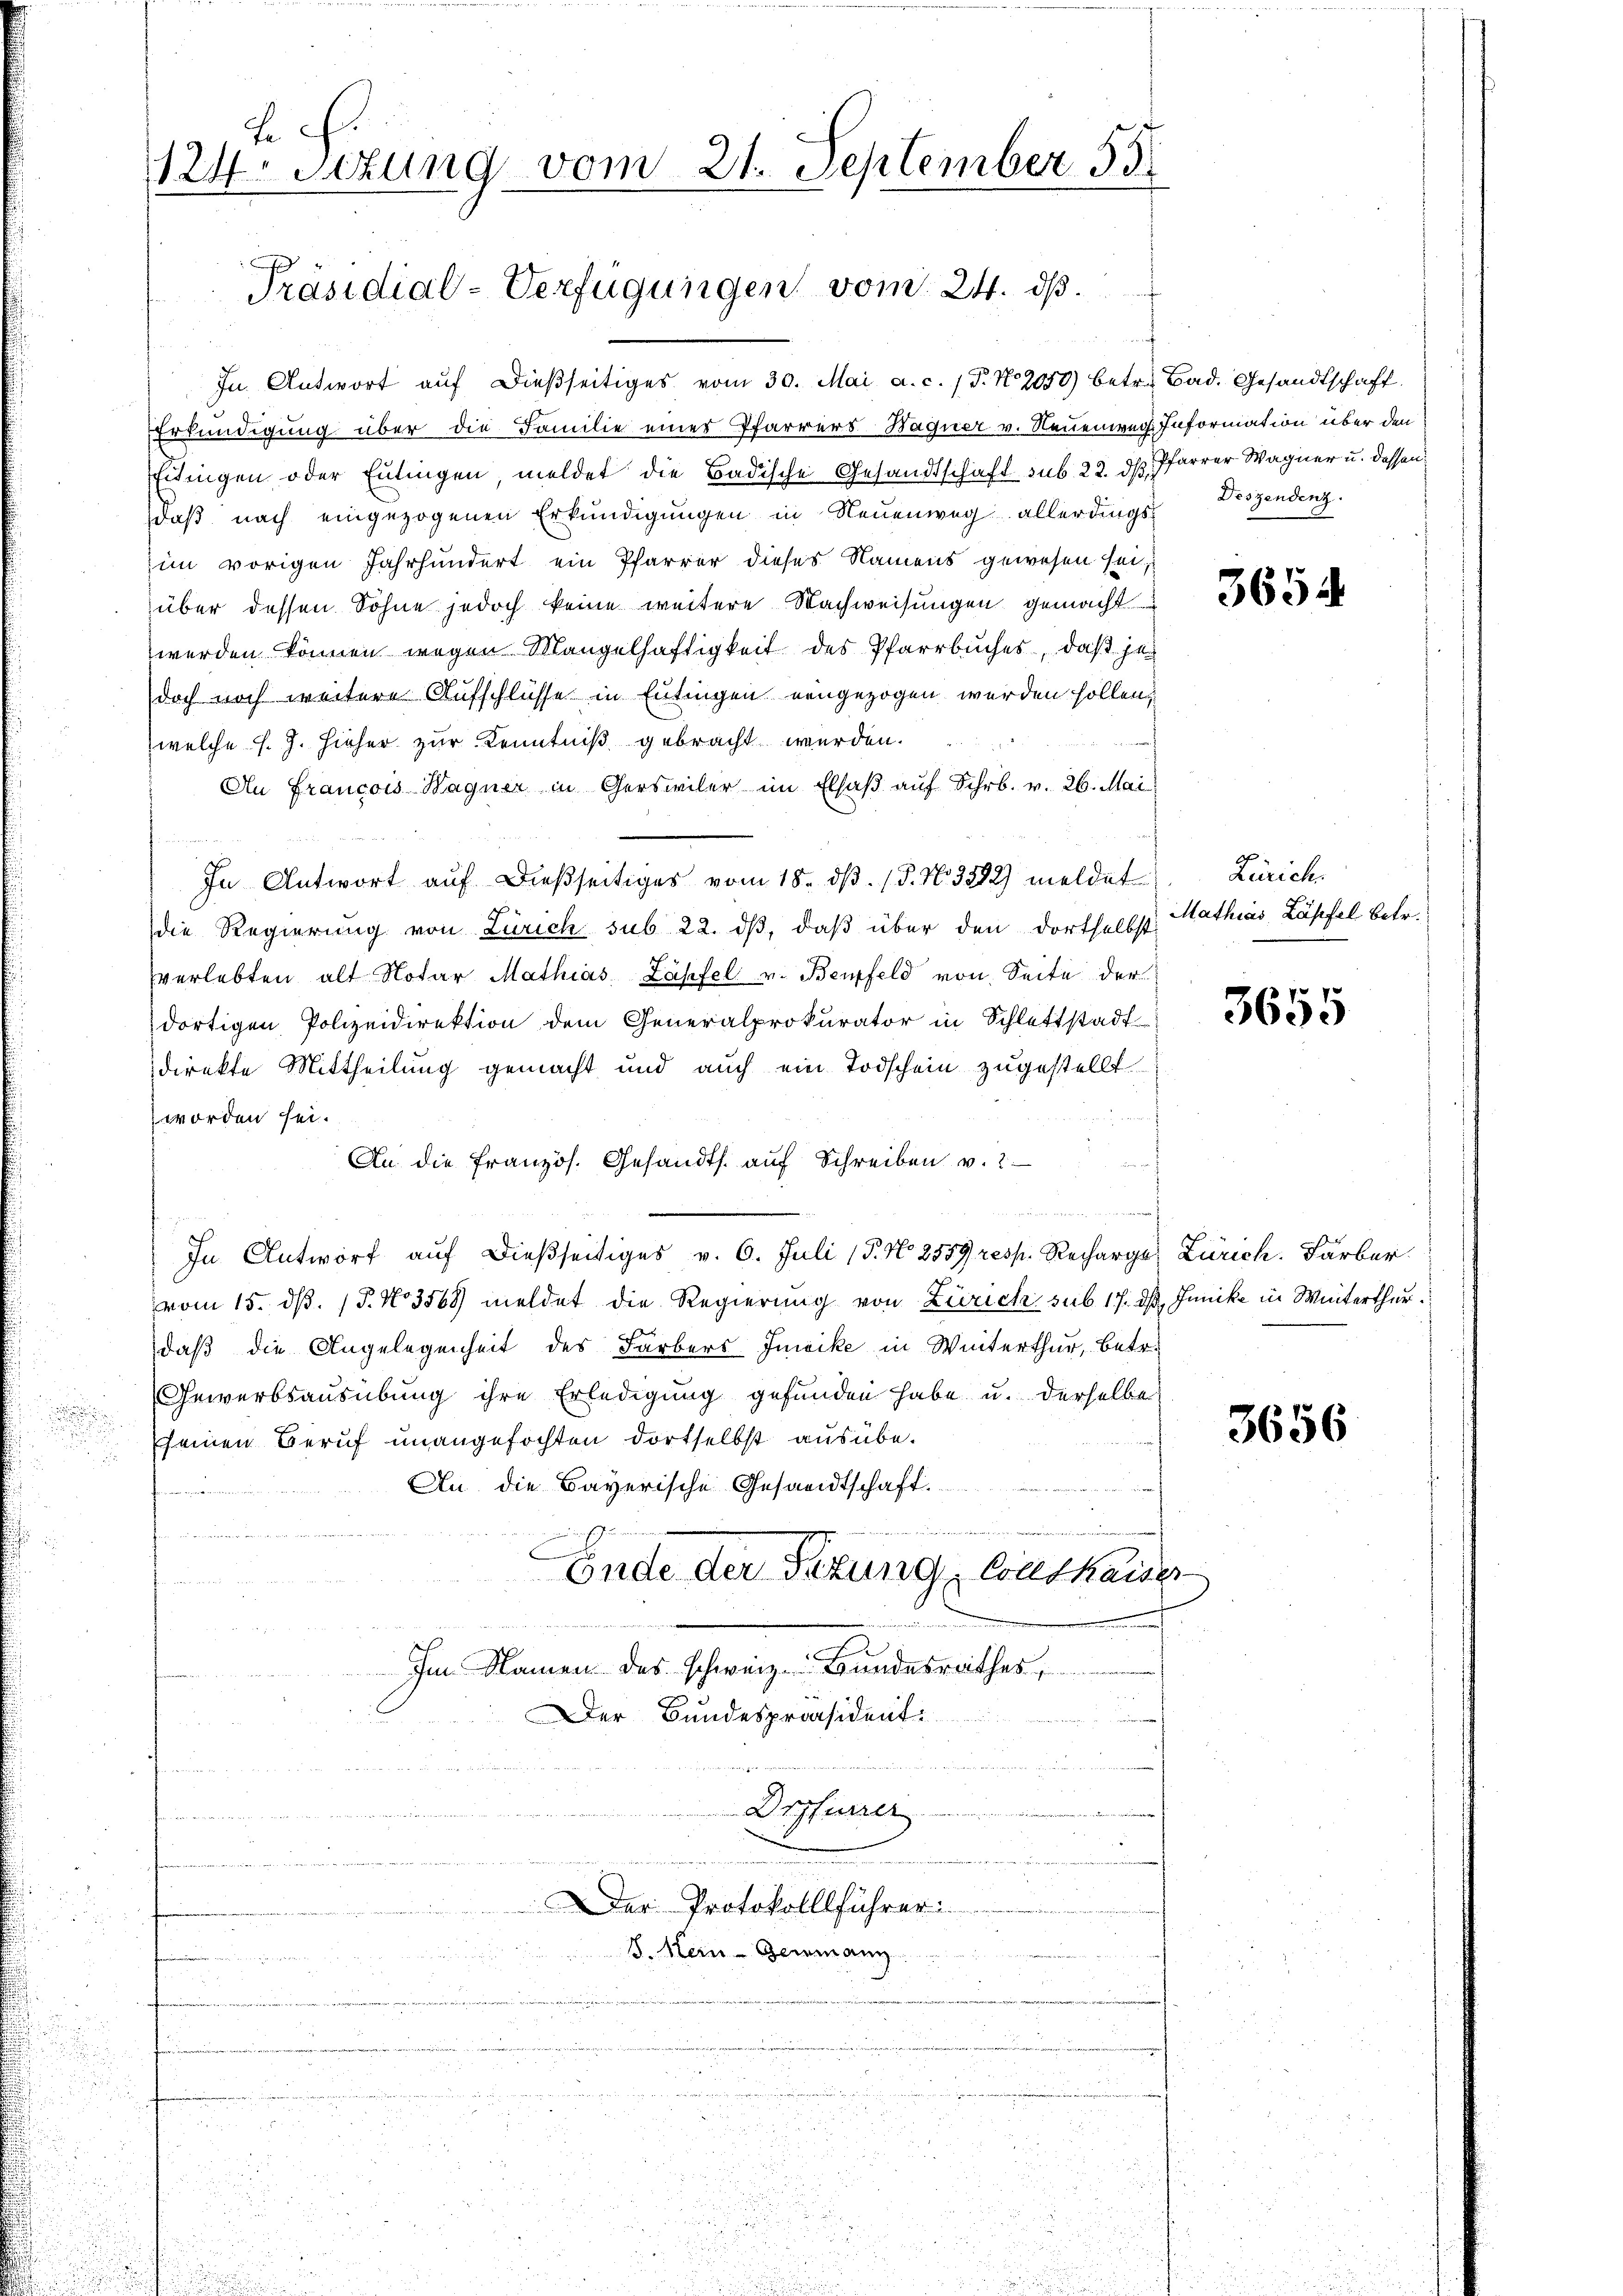
124. Sitzung vom 21. September 55

Präsidial-Verfügungen vom 24. ds.

In Antwort auf dießseitiges vom 30. Mai a.c. (T. No 2050) betr. Bad. Gesandtschaft
Erkundigung über die Familie einer Pfarrers Haguer v. Neuenweg. Information über den
Eitingen oder Entingen meldet die Badische Gesandtschaft sub 22. ds Pfarrer Wagner u. dassen,
daß nach eingezogenen Erkundigungen in Neuenweg allerdings Deszendenz.
im vorigen Jahrhundert ein Pfarrer dieses Namens gewesen sei,
über dessen Sohne jedoch keine weitere Nachweisungen gemacht
werden können wegen Mangelhaftigkeit des Pfarrbuches, daß je
doch noch weitere Aufschlüsse in Entingen eingezogen werden sollen.

welche J. J. Hieher zur Kenntniß gebracht werden.
An Francois Wagner in Gerswiler im Elsaß auf Schr. v. 26. Mai
1840
In Antwort auf dießseitiges vom 18. dβ. / 5. No. 3272) meldet
die Regierung von Zürich sub 22. dβ, daβ über den dortselbst
verlebten alt Notar Mathias, Zapfel v. Benfeld von Seite der
dortigen Polizeidirektion dem Generalprokurator in Schlattstadt
direkte Mittheilung gemacht und auch ein Todschein zugestellt.
worden sei.
An die französ. Gesandts. auf Schreiben v. 2.
am
s
In Antworf auf dießseitiges v. 6. Juli 15. No 2559, resp. Recharges Zürich. Farber
vom 15. dß. 15. No 3568) meldet die Regierung von Zürich sub 17. ds. Janike in Winterthur.
daß die Angelegenheit des Farbers Inwike in Winterthur, betr.
Gewerbsausübung ihre Erledigung gefunden habe u. derselbe
seinen Beruf unangefochten dortselbst ausübe¬
An die Bayerische Gesandtschaft.
f
f. un
Ende der Sitzung Coutkaiser
er eine
Im Namen des schweiz. Bundesrathes,
Der Bundespräsident:
 wie in d
Drffurrer
n
n
hammendung
Der Protokolllführer:
8. Hein-Germann

f

Zürich.
Mathias Läpfel betr.

3654

3655

3656